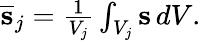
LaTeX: \begin{array}{r}{\overline{{\mathbf s}}_{j}=\frac{1}{V_{j}}\int_{V_{j}}{\mathbf s}\, dV.}\end{array}